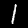
Label: 1